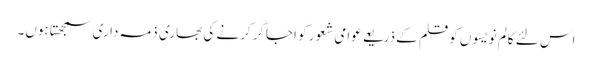
اس لئے کالم نویسوں کو قلم کے ذریعے عوامی شعور کو اجاگر کرنے کی بھاری ذمہ داری سمجھتا ہوں۔